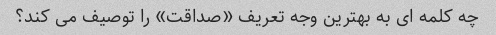
چه کلمه ای به بهترین وجه تعریف «صداقت» را توصیف می کند؟